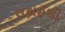
સફાઈથી